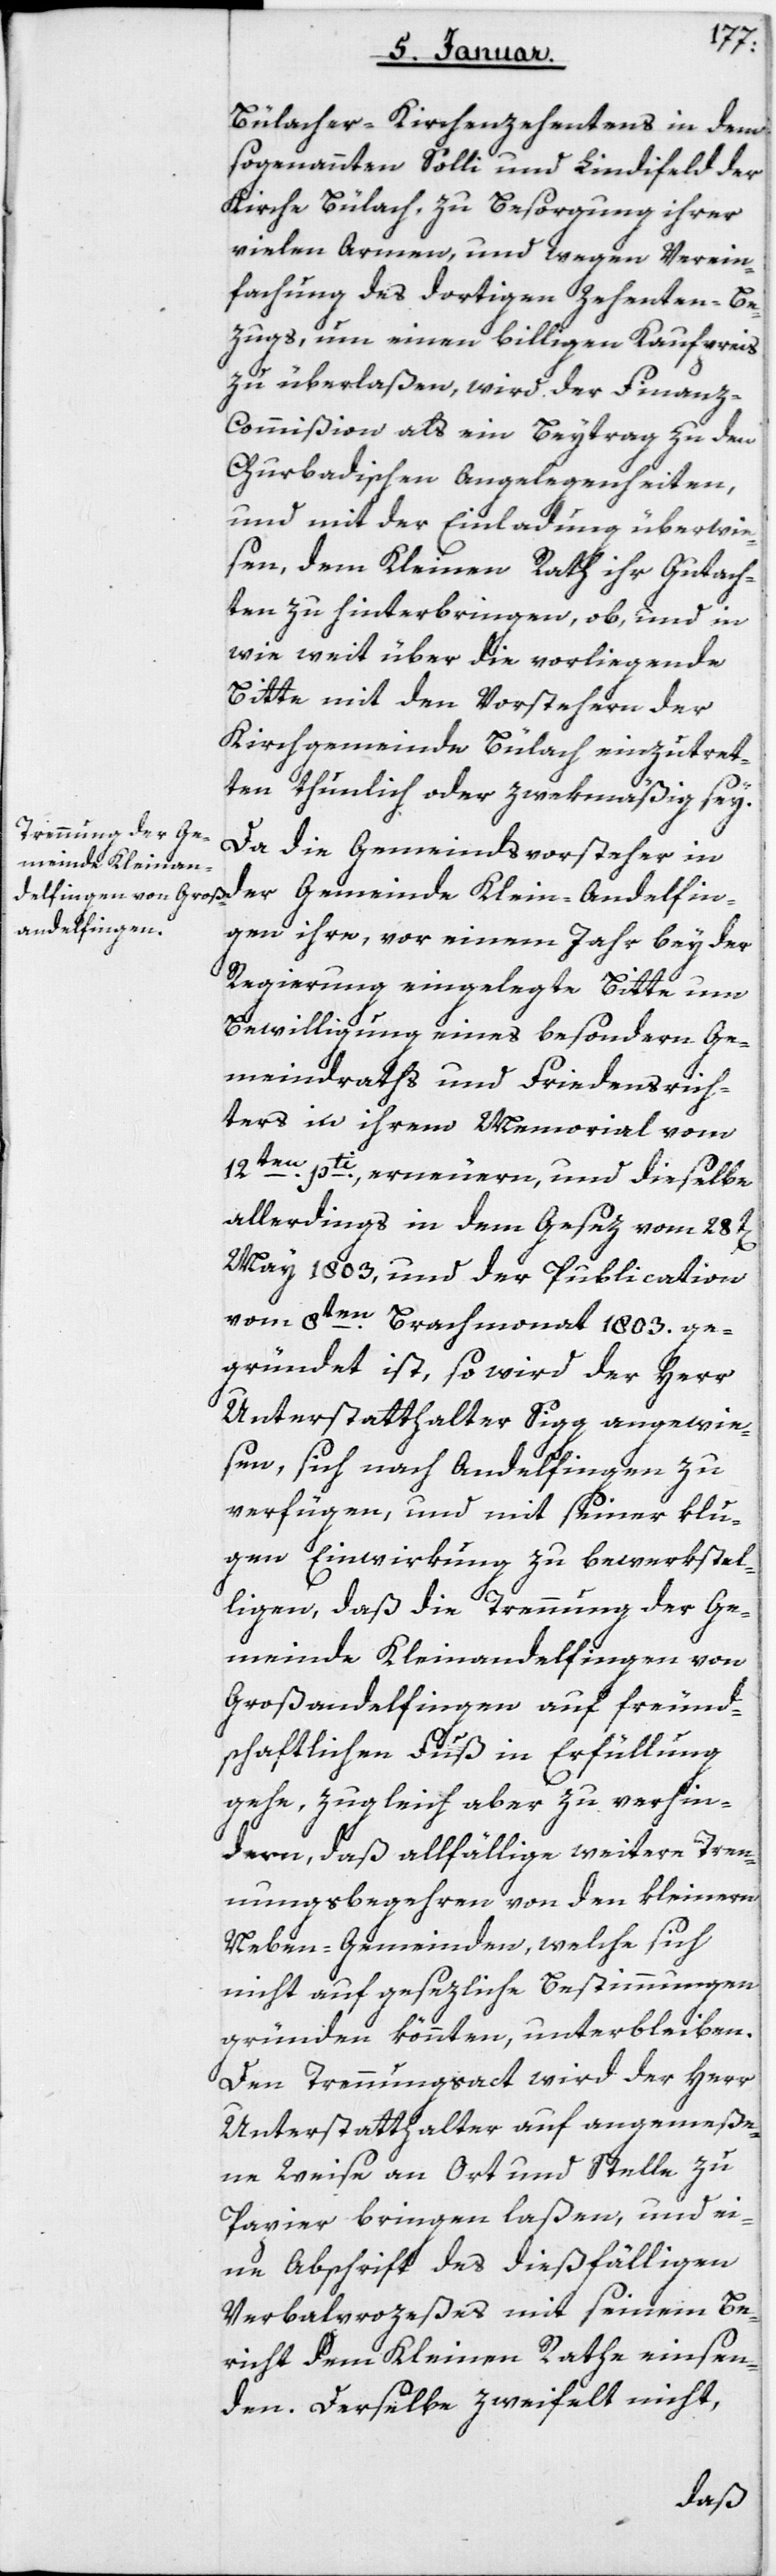
Bülacher-Kirchenzehentens in dem
sogenannten Solli und Lindifeld der
Kirche Bülach, zu Besorgung ihrer
vielen Armen, und wegen Verein¬
fachung des dortigen Zehenten-Be¬
zugs, um einen billigen Kaufpreis
zu überlaßen, wird der Finanz-C¬
ommißion als ein Beytrag zu den
Churbadischen Angelegenheiten,
und mit der Einladung überwie¬
sen, dem Kleinen Rath ihr Gutach¬
ten zu hinterbringen, ob und in
wie weit über die vorliegende
Bitte mit den Vorstehern der
Kirchgemeinde Bülach einzutret¬
ten thunlich oder zwekmäßig sey.
Da die Gemeindsvorsteher in
Gemeinde Kleinan¬
gen ihre, vor einem Jahr bey der
Regierung eingelegte Bitte um
Bewilligung eines besondern Ge¬
meindraths und Friedensrich¬
ters in ihrem Memorial vom
12ten pti erneuern, und dieselbe
allerdings in dem Gesez vom 28t[en]
May 1803 und der Publication
vom 8ten Brachmonat 1803 ge¬
gründet ist, so wird der Herr
Unterstatthalter Sigg angewie¬
sen, sich nach Andelfingen zu
verfügen, und mit seiner klu¬
gen Einwirkung zu bewerkstel¬
ligen, daß die Trennung der Ge¬
meinde Kleinandelfingen von
Großandelfingen auf freund¬
schaftlichen Fuß in Erfüllung
gehe, zugleich aber zu verhin¬
dern, daß allfällige weitere Tren¬
nungsbegehren von den kleineren
Neben-Gemeinden, welche sich
nicht auf gesezliche Bestimmungen
gründen könnten, unterbleiben.
Den Trennungsact wird der Herr
Unterstatthalter auf angemeße¬
ne Weise an Ort und Stelle zu
Papier bringen laßen, und ei¬
ne Abschrift des dießfälligen
Verbalprozeßes mit seinem Be¬
richt dem Kleinen Rathe einsen¬
den. Derselbe zweifelt nicht,
delfin¬